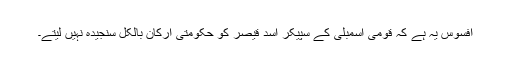
افسوس یہ ہے کہ قومی اسمبلی کے سپیکر اسد قیصر کو حکومتی ارکان بالکل سنجیدہ نہیں لیتے۔